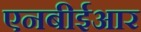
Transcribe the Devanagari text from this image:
एनबीईआर